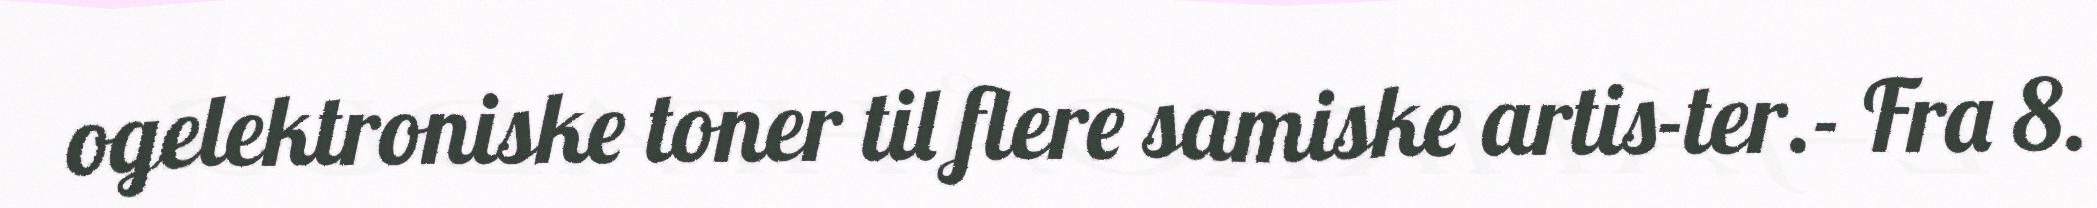
ogelektroniske toner til flere samiske artis-ter.- Fra 8.